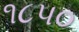
૧૮૫૦